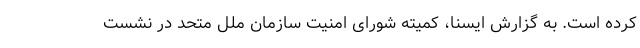
کرده است. به گزارش ایسنا، کمیته شورای امنیت سازمان ملل متحد در نشست